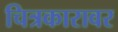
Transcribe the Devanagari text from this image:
चित्रकारावर